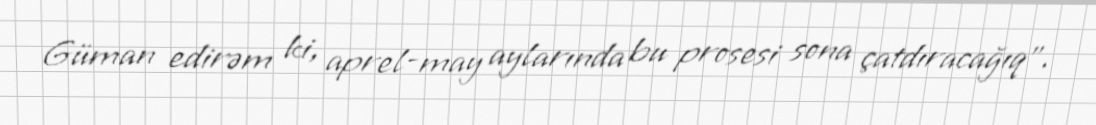
Güman edirəm ki, aprel-may aylarında bu prosesi sona çatdıracağıq”.